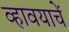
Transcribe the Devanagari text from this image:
व्हावयाचें